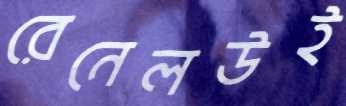
রেনেলউই